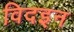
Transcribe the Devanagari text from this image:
विदइन